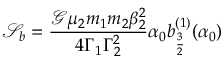
\mathcal { S } _ { b } = \frac { \mathcal { G } \mu _ { 2 } m _ { 1 } m _ { 2 } \beta _ { 2 } ^ { 2 } } { 4 \Gamma _ { 1 } \Gamma _ { 2 } ^ { 2 } } \alpha _ { 0 } b _ { \frac { 3 } { 2 } } ^ { ( 1 ) } ( \alpha _ { 0 } )